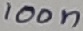
Text: 100n